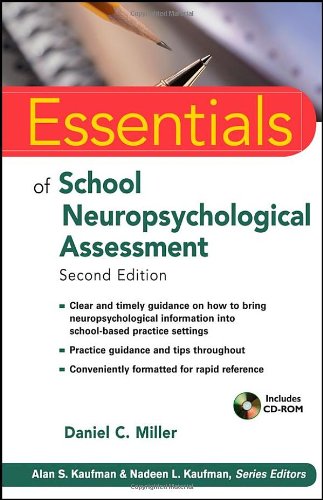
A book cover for Essentials of School Neuropsychological Assessment; Daniel C. Miller; Health, Fitness & Dieting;